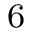
^ \mathrm { 6 }